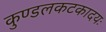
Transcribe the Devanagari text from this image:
कुण्डलकटकादयः